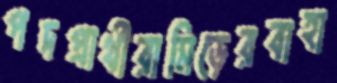
পদপ্রার্থীরামিড়েরবাহা